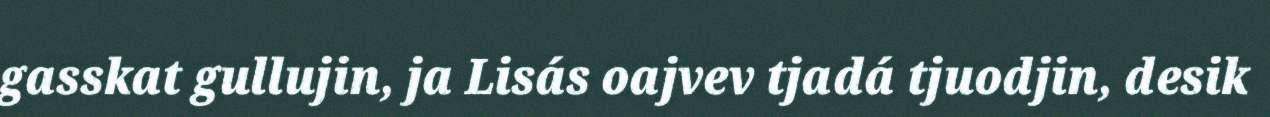
gasskat gullujin, ja Lisás oajvev tjadá tjuodjin, desik